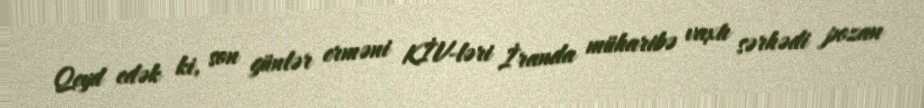
Qeyd edək ki, son günlər erməni KİV-ləri İranda müharibə vaxtı sərhədi pozan